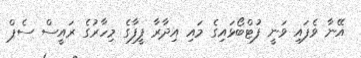
އޭނާ ވެފައި ވަނީ ފުޓްބޯޅައިގެ މައި އިދާރާ ފީފާގެ މިހާރުގެ ރައީސް ސެޕް